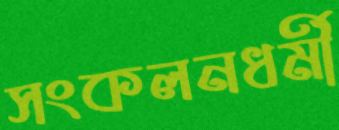
সংকলনধর্মী